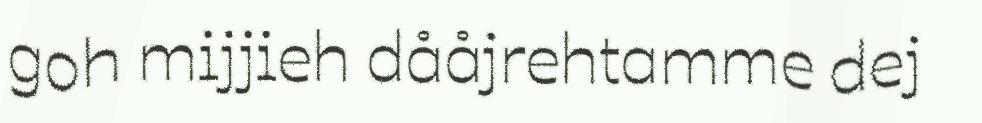
goh mijjieh dååjrehtamme dej